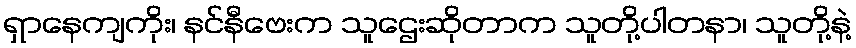
ရှာနေကျကိုး၊ နင်နီဗေးက သူဌေးဆိုတာက သူတို့ပါတနာ၊ သူတို့နဲ့